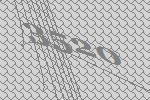
3520